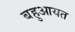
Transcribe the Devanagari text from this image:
बहुआयत